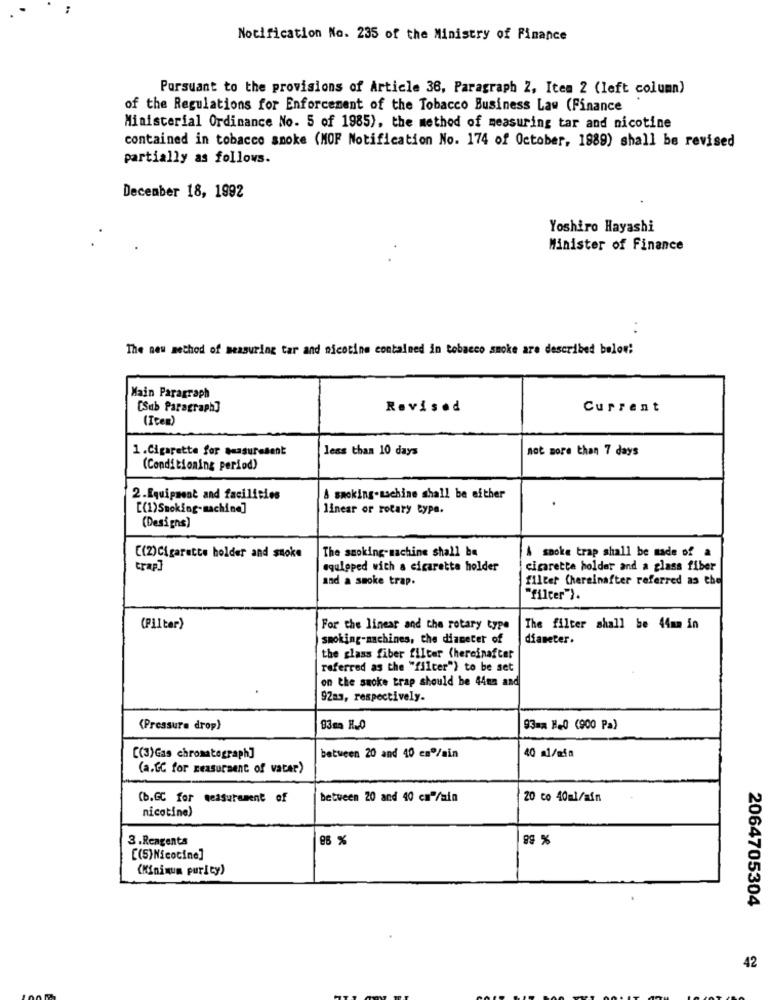
Notification No. 235 of the Ministry of Finance
Porsuant to the provisions of Article 36, Paragraph Z, Item 2 (left column)
of the Regulations for Enforcement of the Tobacco Business Law (Finance
Ministerial Ordinance No. 5 of 1985), the method of measuring tar and nicotine
contained in tobacco smoke (MOF Notification No. 174 of October, 1889) shall be revised
partially as follows.
December 18, 1992
Yoshiro Hayashi
Minister of Finance
The new method of measuring tar and nicotine contained in tobacco smoke are described below:
Main Paragraph
[Sub Paragraph]
Revised
Current
(Item)
1.Cigarette for measuresent
less than 10 days
not more than 7 days
(Conditioning period)
2.Equipment and facilities
A smoking-machine shall be ofther
.
[(1)Smoking- machind]
linear or rotary type.
(Designs)
The smoking-machine shall be
A smoke trap shall be made of a
[(2)Cigarette holder and smoke
trap]
equleped with a cigarette holder
cigarette holder and a glass fiber
and a smoke trap.
filter (hereinafter referred as the
"filter").
(Pilter)
For the linear and the rotary type
The filter shall be 44mm in
smoking-machines, the diameter of
diameter.
the glass fiber filter (hereinafter
referred as the "filter") to be set
on the smoke trap should be 44mm and
92mm, respectively.
(Pressure drop)
93mm H.0 (900 Pa)
40 al/mia
[(3)Gas chromatograph]
between 20 and 40 cmº/min
(a.GC for measurment of vater)
(b.GC for measurement of
between 20 and 40 cm /min
20 co 40ml/min
nicotine)
3.Reagents
96 %
89 %
[(5) Nicocine]
(Minimum purity)
2064705304
42